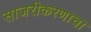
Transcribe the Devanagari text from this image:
साजरीकरणाचा